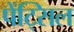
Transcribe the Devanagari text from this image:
पेंट्सिल